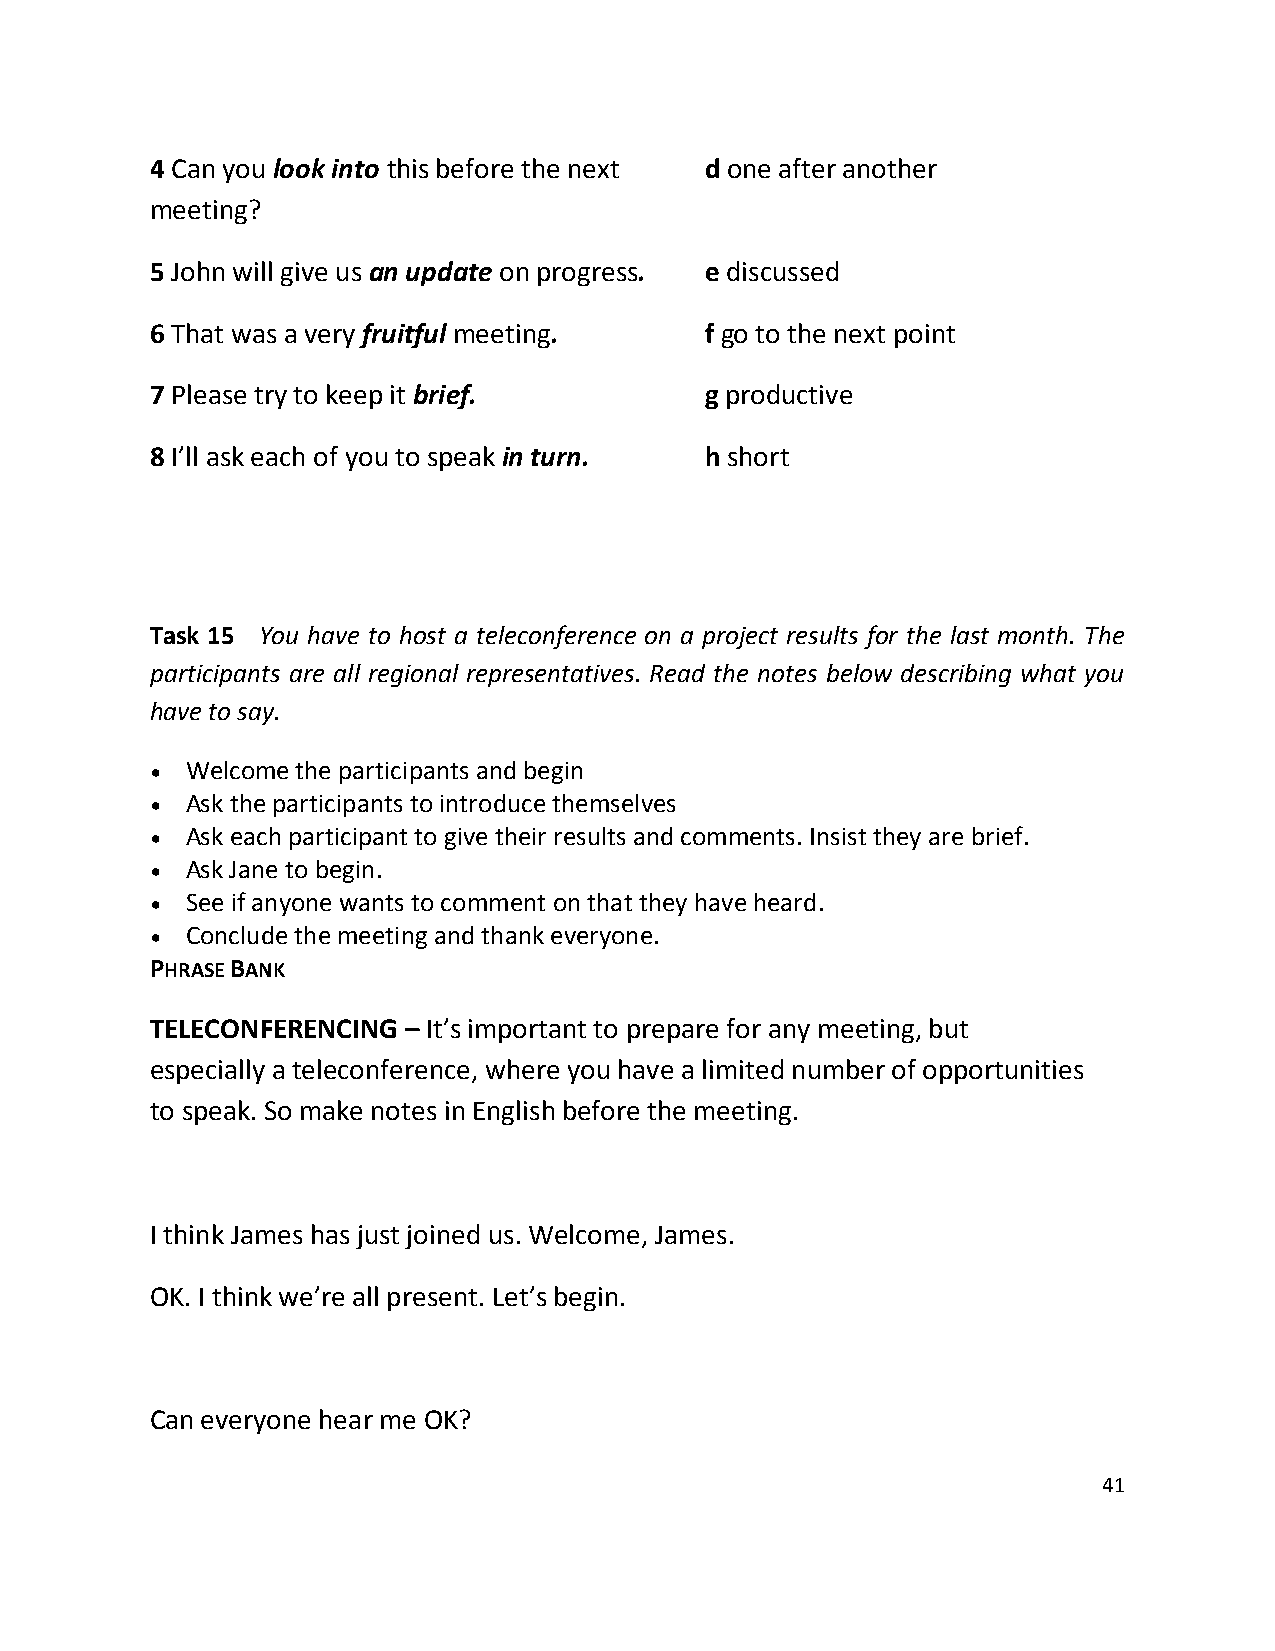
4 Can you look into this before the next d one after another
 meeting?
 5 John will give us an update on progress. e discussed
 6 That was a very fruitful meeting.  f go to the next point
 7 Please try to keep it brief.       g productive
 8 I’ll ask each of you to speak in turn. h short
 Task 15 You have to host a teleconference on a project results for the last month. The
 participants are all regional representatives. Read the notes below describing what you
 have to say.
 • Welcome the participants and begin
 • Ask the participants to introduce themselves
 • Ask each participant to give their results and comments. Insist they are brief.
 • Ask Jane to begin.
 • See if anyone wants to comment on that they have heard.
 • Conclude the meeting and thank everyone.
 PHRASE BANK
 TELECONFERENCING – It’s important to prepare for any meeting, but
 especially a teleconference, where you have a limited number of opportunities
 to speak. So make notes in English before the meeting.
 I think James has just joined us. Welcome, James.
 OK. I think we’re all present. Let’s begin.
 Can everyone hear me OK?
 41